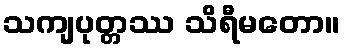
သကျပုတ္တဿ သိရီမတော။